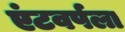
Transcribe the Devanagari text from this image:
एंटवर्पला